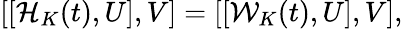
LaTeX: [[\mathcal{H}_{K}(t),U],V]=[[\mathcal{W}_{K}(t),U],V],